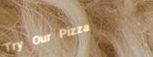
Try Our Pizza